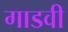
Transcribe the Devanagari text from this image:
गाडवी